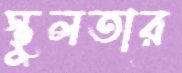
স্থুলতার